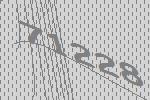
71228